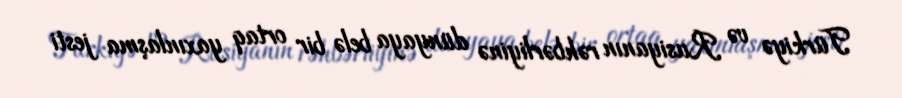
Türkiyə və Rusiyanın rəhbərliyinə dünyaya belə bir ortaq yaxınlaşma jesti